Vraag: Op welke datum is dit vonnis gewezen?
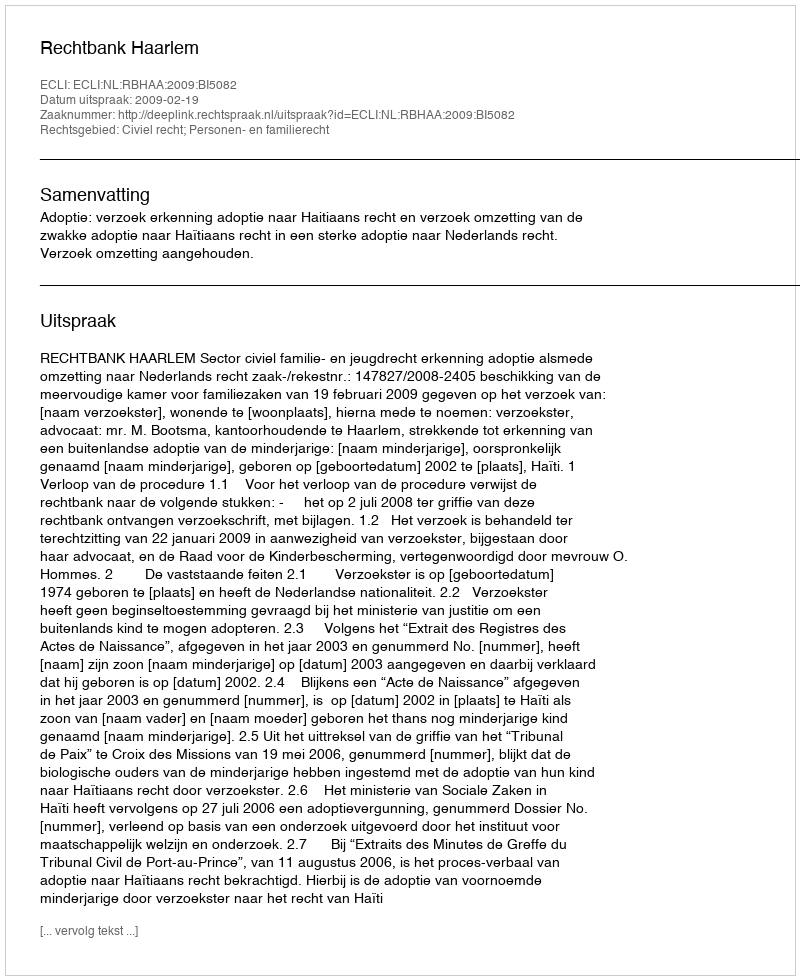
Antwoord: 2009-02-19